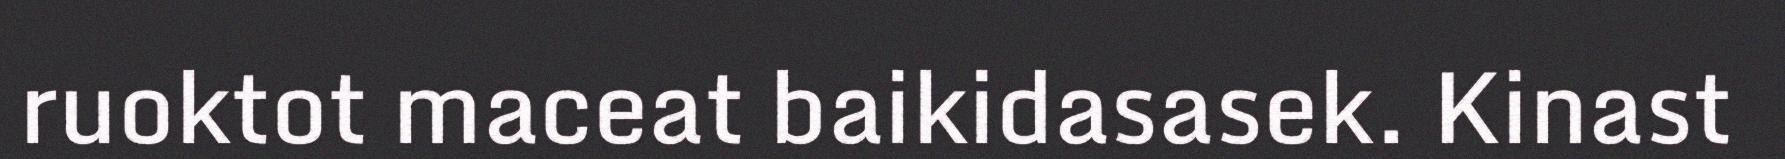
ruoktot maceat baikidasasek. Kinast